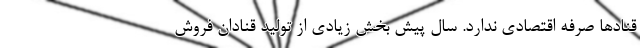
قنادها صرفه اقتصادی ندارد. سال پیش بخش زیادی از تولید قنادان فروش